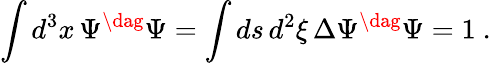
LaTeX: \int d^{3}x\, \Psi^{\dag}\Psi=\int ds\, d^{2}\xi\, \Delta\Psi^{\dag}\Psi=1\ .